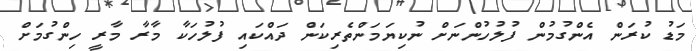
މަޑު ކުރަން އެންގުމުން ފުލުހުންނަށް ނުކިޔަމަންތެރިކަން ދައްކައި ފުލުހަކާ މާރާ މާރީ ހިންގުމަށް